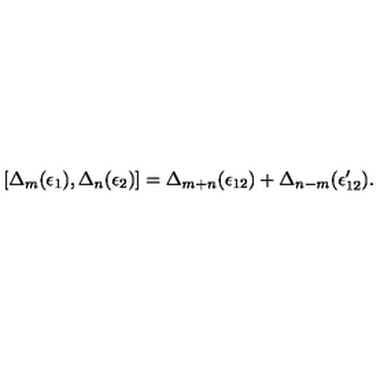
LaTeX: [ \Delta _ { m } ( \epsilon _ { 1 } ) , \Delta _ { n } ( \epsilon _ { 2 } ) ] = \Delta _ { m + n } ( \epsilon _ { 1 2 } ) + \Delta _ { n - m } ( \epsilon _ { 1 2 } ^ { \prime } ) .